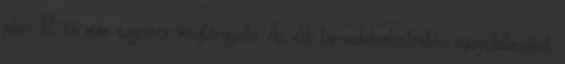
július 12-én már egyszer megtárgyalta. Az Ab társadalombiztosítási nyugellátásáról,